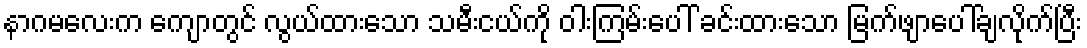
နာဂမလေးက ကျောတွင် လွယ်ထားသော သမီးငယ်ကို ဝါးကြမ်းပေါ် ခင်းထားသော မြက်ဖျာပေါ်ချလိုက်ပြီး